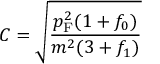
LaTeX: C = { \sqrt { \frac { p _ { \mathrm { { F } } } ^ { 2 } ( 1 + f _ { 0 } ) } { m ^ { 2 } ( 3 + f _ { 1 } ) } } }